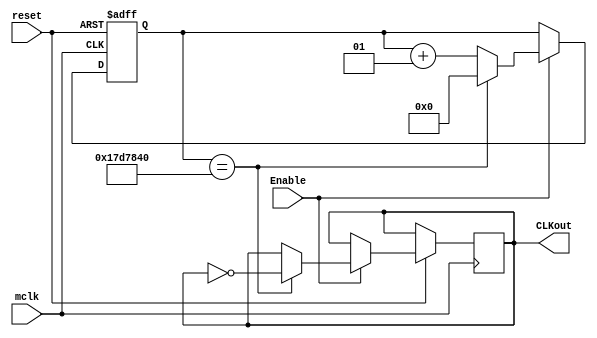
module one_sec_clk
(
	input mclk, 
	input reset,
	input Enable,
	output CLKout
);
					
localparam CUENTA= 	50_000_000;	// Valor para implementar en tarjeta
//localparam CUENTA= 	50;

integer conteo;
reg w1 = 1'b0; 

always@ (negedge reset, posedge mclk)begin 
	if (!reset) conteo <= 0;

	else if (Enable)begin
		if (conteo == CUENTA/2)begin
			conteo <= 0;
			w1 <= ~w1;		
		end
		else conteo <= conteo + 1;
	end
	else conteo <= conteo;
end

assign CLKout = w1;

endmodule